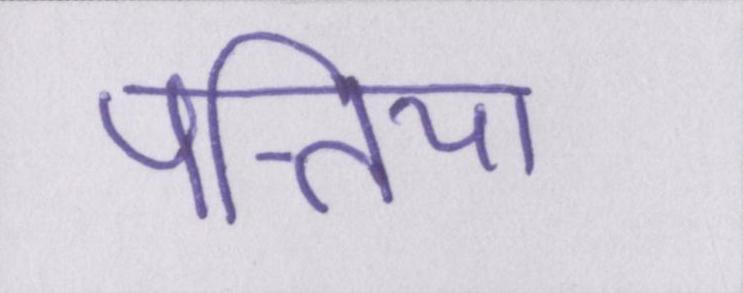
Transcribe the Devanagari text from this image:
पत्तिया